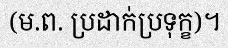
(ម.ព. ប្រដាក់ប្រទុក្ខ)។